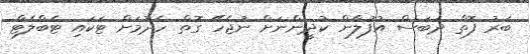
ބަރު ފޮތް ދަބަސް އުފުލާން ކުދީންނަށް ނުޖެހޭ ގޮތް ހެދުމަށް ޓަކައި ޓެބްލެޓް